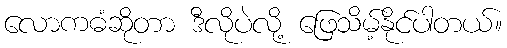
လောကဓံဆိုတာ ဒီလိုပဲလို့ ဖြေသိမ့်နိုင်ပါတယ်။